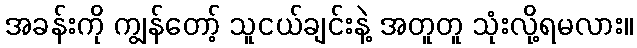
အခန်းကို ကျွန်တော့် သူငယ်ချင်းနဲ့ အတူတူ သုံးလို့ရမလား။